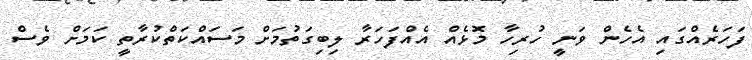
ފަހަރެއްގައި އެހެން ވަނީ ހުރިހާ މޮޅެއް އެއްފަހަރާ ލިބިގަތުމަށް މަސައްކަތްކުރާތީ ކަމަށް ވެސް